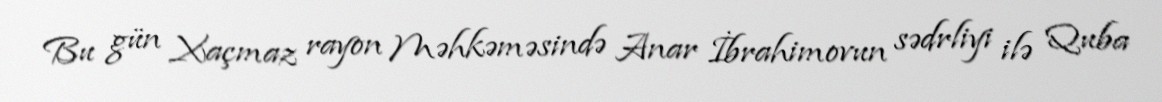
Bu gün Xaçmaz rayon Məhkəməsində Anar İbrahimovun sədrliyi ilə Quba